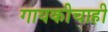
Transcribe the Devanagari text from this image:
गायकीचाही